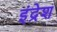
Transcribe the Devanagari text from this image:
इंद्रेश